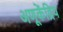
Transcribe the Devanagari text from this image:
अणूकेंद्रिय